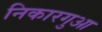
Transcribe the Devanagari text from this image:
निकारगुआ